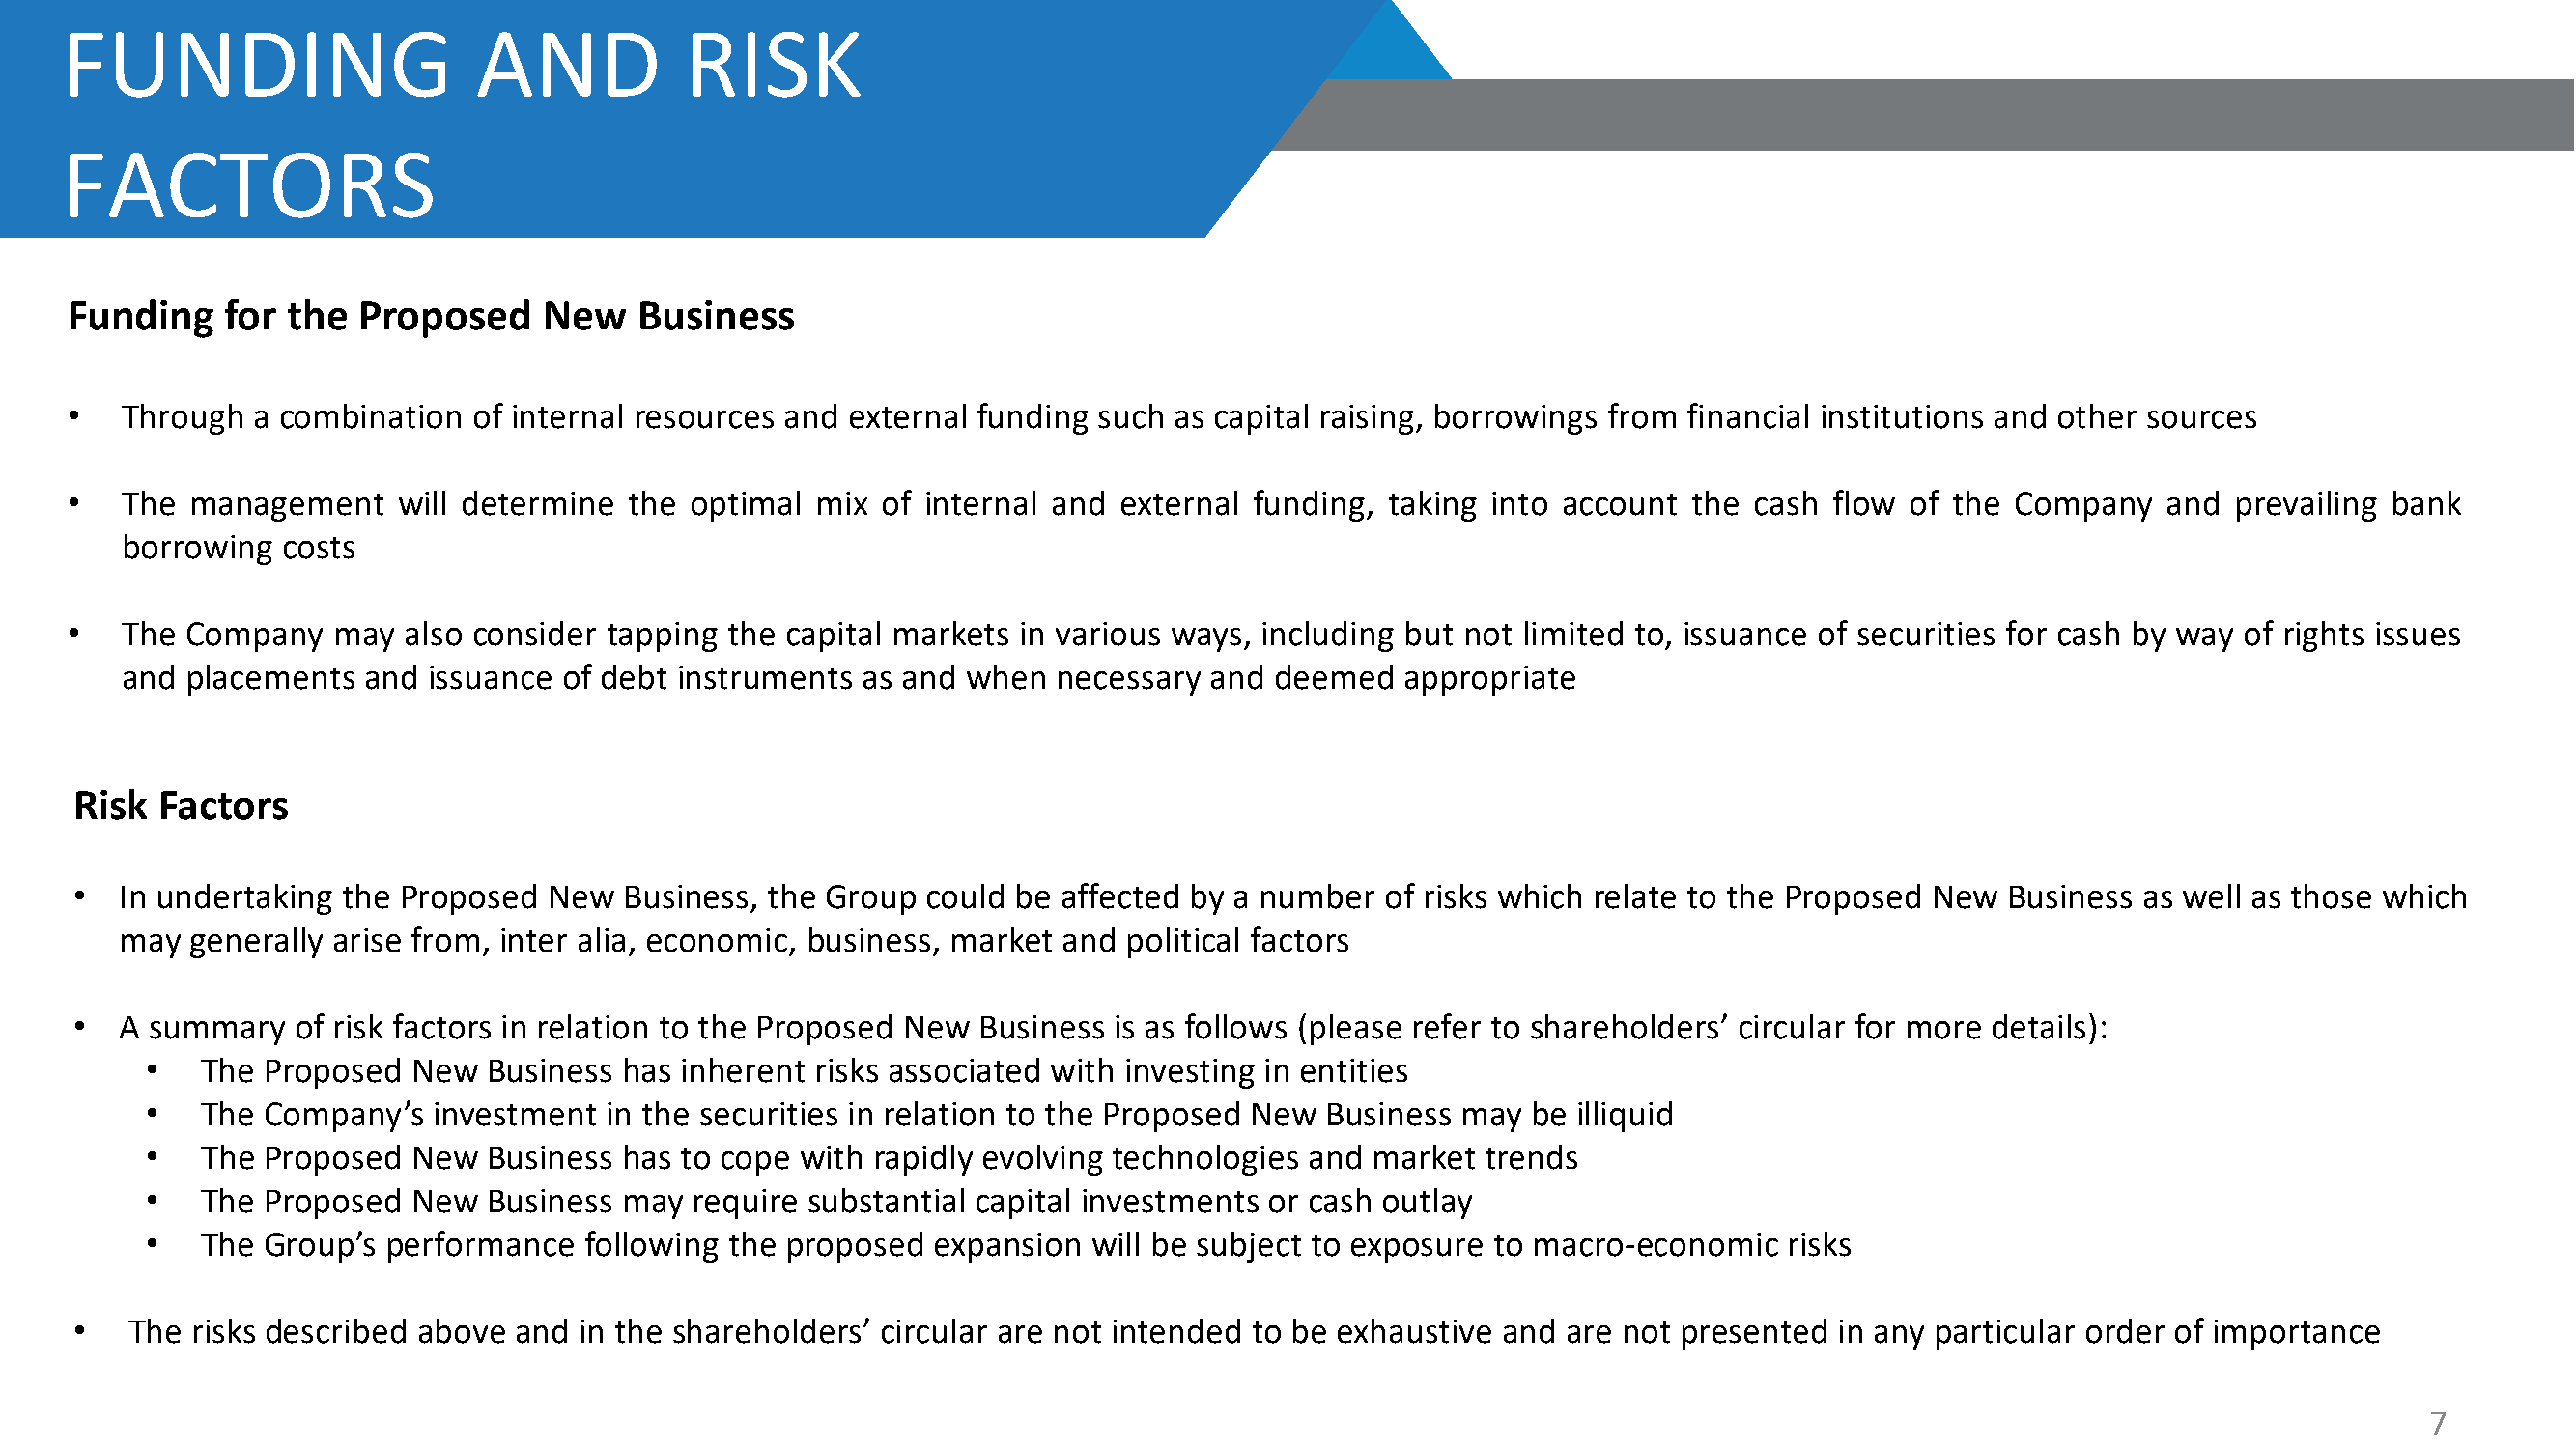
FUNDING                      AND           RISK
 FACTORS
 Funding   for  the  Proposed    New    Business
 •  Through  a combination  of internal resources and external funding such as capital raising, borrowings from financial institutions and other sources
 •  The  management    will determine  the optimal  mix of internal and  external funding, taking into account  the cash  flow of the Company   and  prevailing bank
 borrowing  costs
 •  The  Company   may  also consider tapping the capital markets in various ways, including but not limited to, issuance of securities for cash by way of rights issues
 and  placements  and issuance  of debt instruments as and when  necessary  and deemed   appropriate
 Risk  Factors
 •  In undertaking the Proposed   New  Business, the Group could  be affected by a number  of risks which relate to the Proposed New  Business as well as those which
 • Currently   responsible    for  overseeing    the   commercial
 may  generally arise from, inter alia, economic, business, market and political factors
 strategy  and  development    of the Group  as its COO
 • Previously  involved  in portfolio management    in the medical
 •  A summary   of risk factors in relation to the Proposed New Business is as follows (please refer to shareholders’ circular for more details):
 technology     and   biopharmaceutical      fields  at   a   well-
 •   The Proposed  New  Business  has inherent risks associated with investing in entities
 established    corporate     investment    arm    of   Singapore
 •   The Company’s   investment in the securities in relation to the Proposed New Business may  be illiquid
 Economic    Development    Board
 •   The Proposed  New  Business  has to cope with rapidly evolving technologies and market  trends
 •   The Proposed  New  Business  may require substantial capital investments or c• asP hr oe uv tio lau ysly a director of corporate development and chief
 •   The Group’s performance   following the proposed  expansion  will be subject to o exp pe ora suti rn eg too mff aic ce ror -eo cof noo mth ie cr risl kis sted companies within the
 healthcare   sector
 •   The risks described above and  in the shareholders’ circular are not intended to be exhaustive and are not presented in any particular order of importance
 7